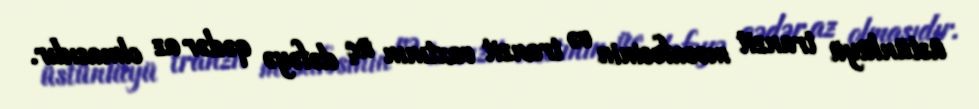
üstünlüyü tranzit məsafəsinin və tranzit vaxtının üç dəfəyə qədər az olmasıdır.